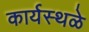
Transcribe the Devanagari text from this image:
कार्यस्थळे